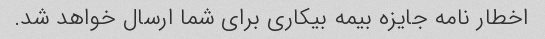
اخطار نامه جایزه بیمه بیکاری برای شما ارسال خواهد شد.